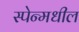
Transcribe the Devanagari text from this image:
स्पेन्मधील